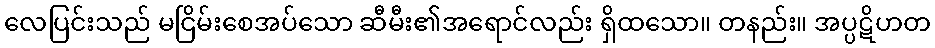
လေပြင်းသည် မငြိမ်းစေအပ်သော ဆီမီး၏အရောင်လည်း ရှိထသော။ တနည်း။ အပ္ပဋိဟတ